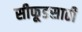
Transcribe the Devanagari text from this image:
सीफूडसाठी